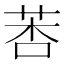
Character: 莕